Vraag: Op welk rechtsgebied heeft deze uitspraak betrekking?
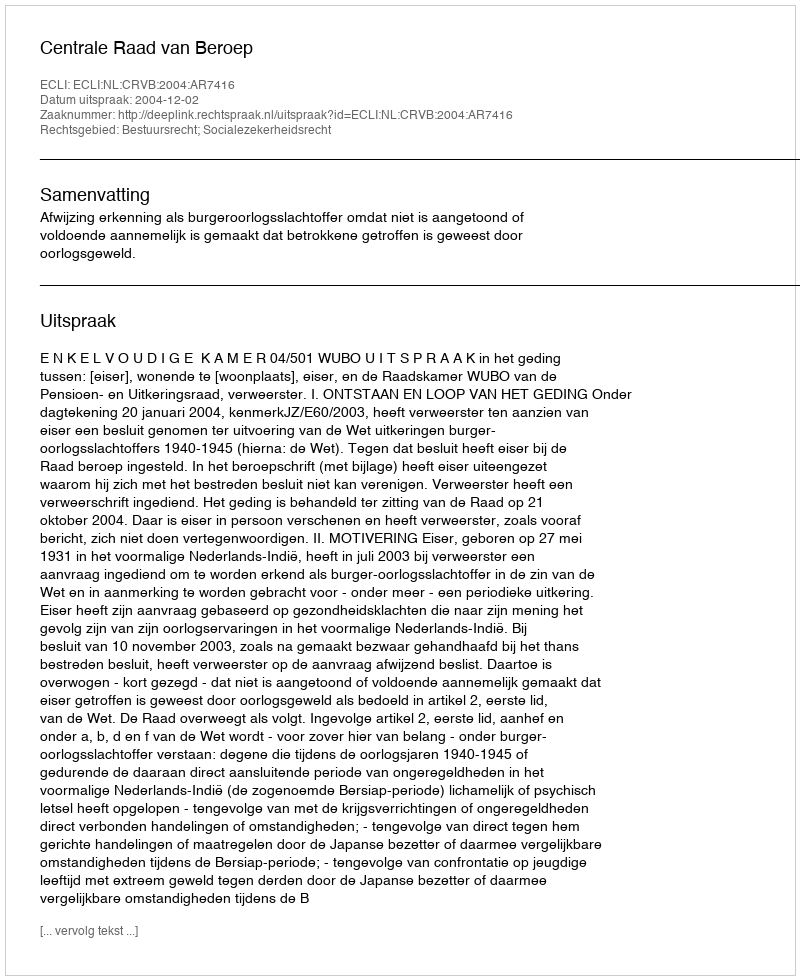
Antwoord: Bestuursrecht; Socialezekerheidsrecht